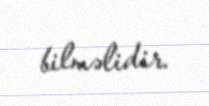
bilməlidir.